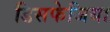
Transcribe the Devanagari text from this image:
डिसफेजिया